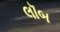
લૉબ